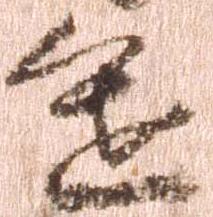
進